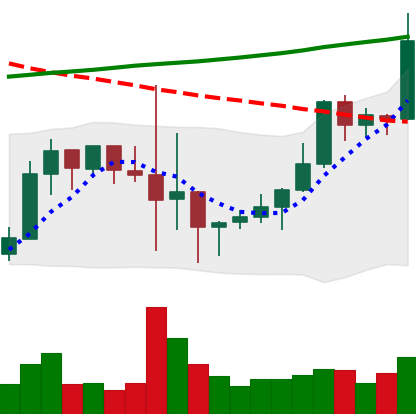
Ticker: LINK-USD
Chart end date: 2019-10-06
Forward return: 26.702%
Label: up_7plus